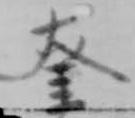
奎